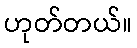
ဟုတ်တယ်။